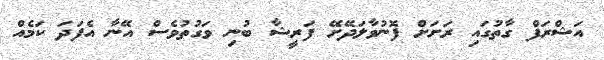
އަޝްރަފް ގާތުގައި ރަށަށް ފޮނުވާލަދޭށޭ ފަރީޝާ ބުނި ވަގުތުވެސް އޭނާ އެފަދަ ކަމެއް